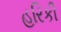
હરિકી